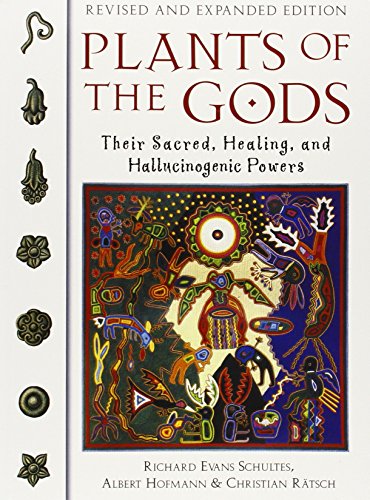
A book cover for Plants of the Gods: Their Sacred, Healing, and Hallucinogenic Powers; Richard Evans Schultes; Health, Fitness & Dieting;